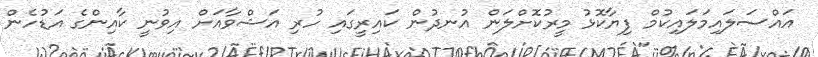
އައްސަލައިމަލައިކުމް ފިޔާކޮޅު މީރުކޮށްލަން އުނދުން ކައިރީގައި ހުރި އަޝްވާއަށް އިވުނީ ކާއިންގެ އަޑުހެން